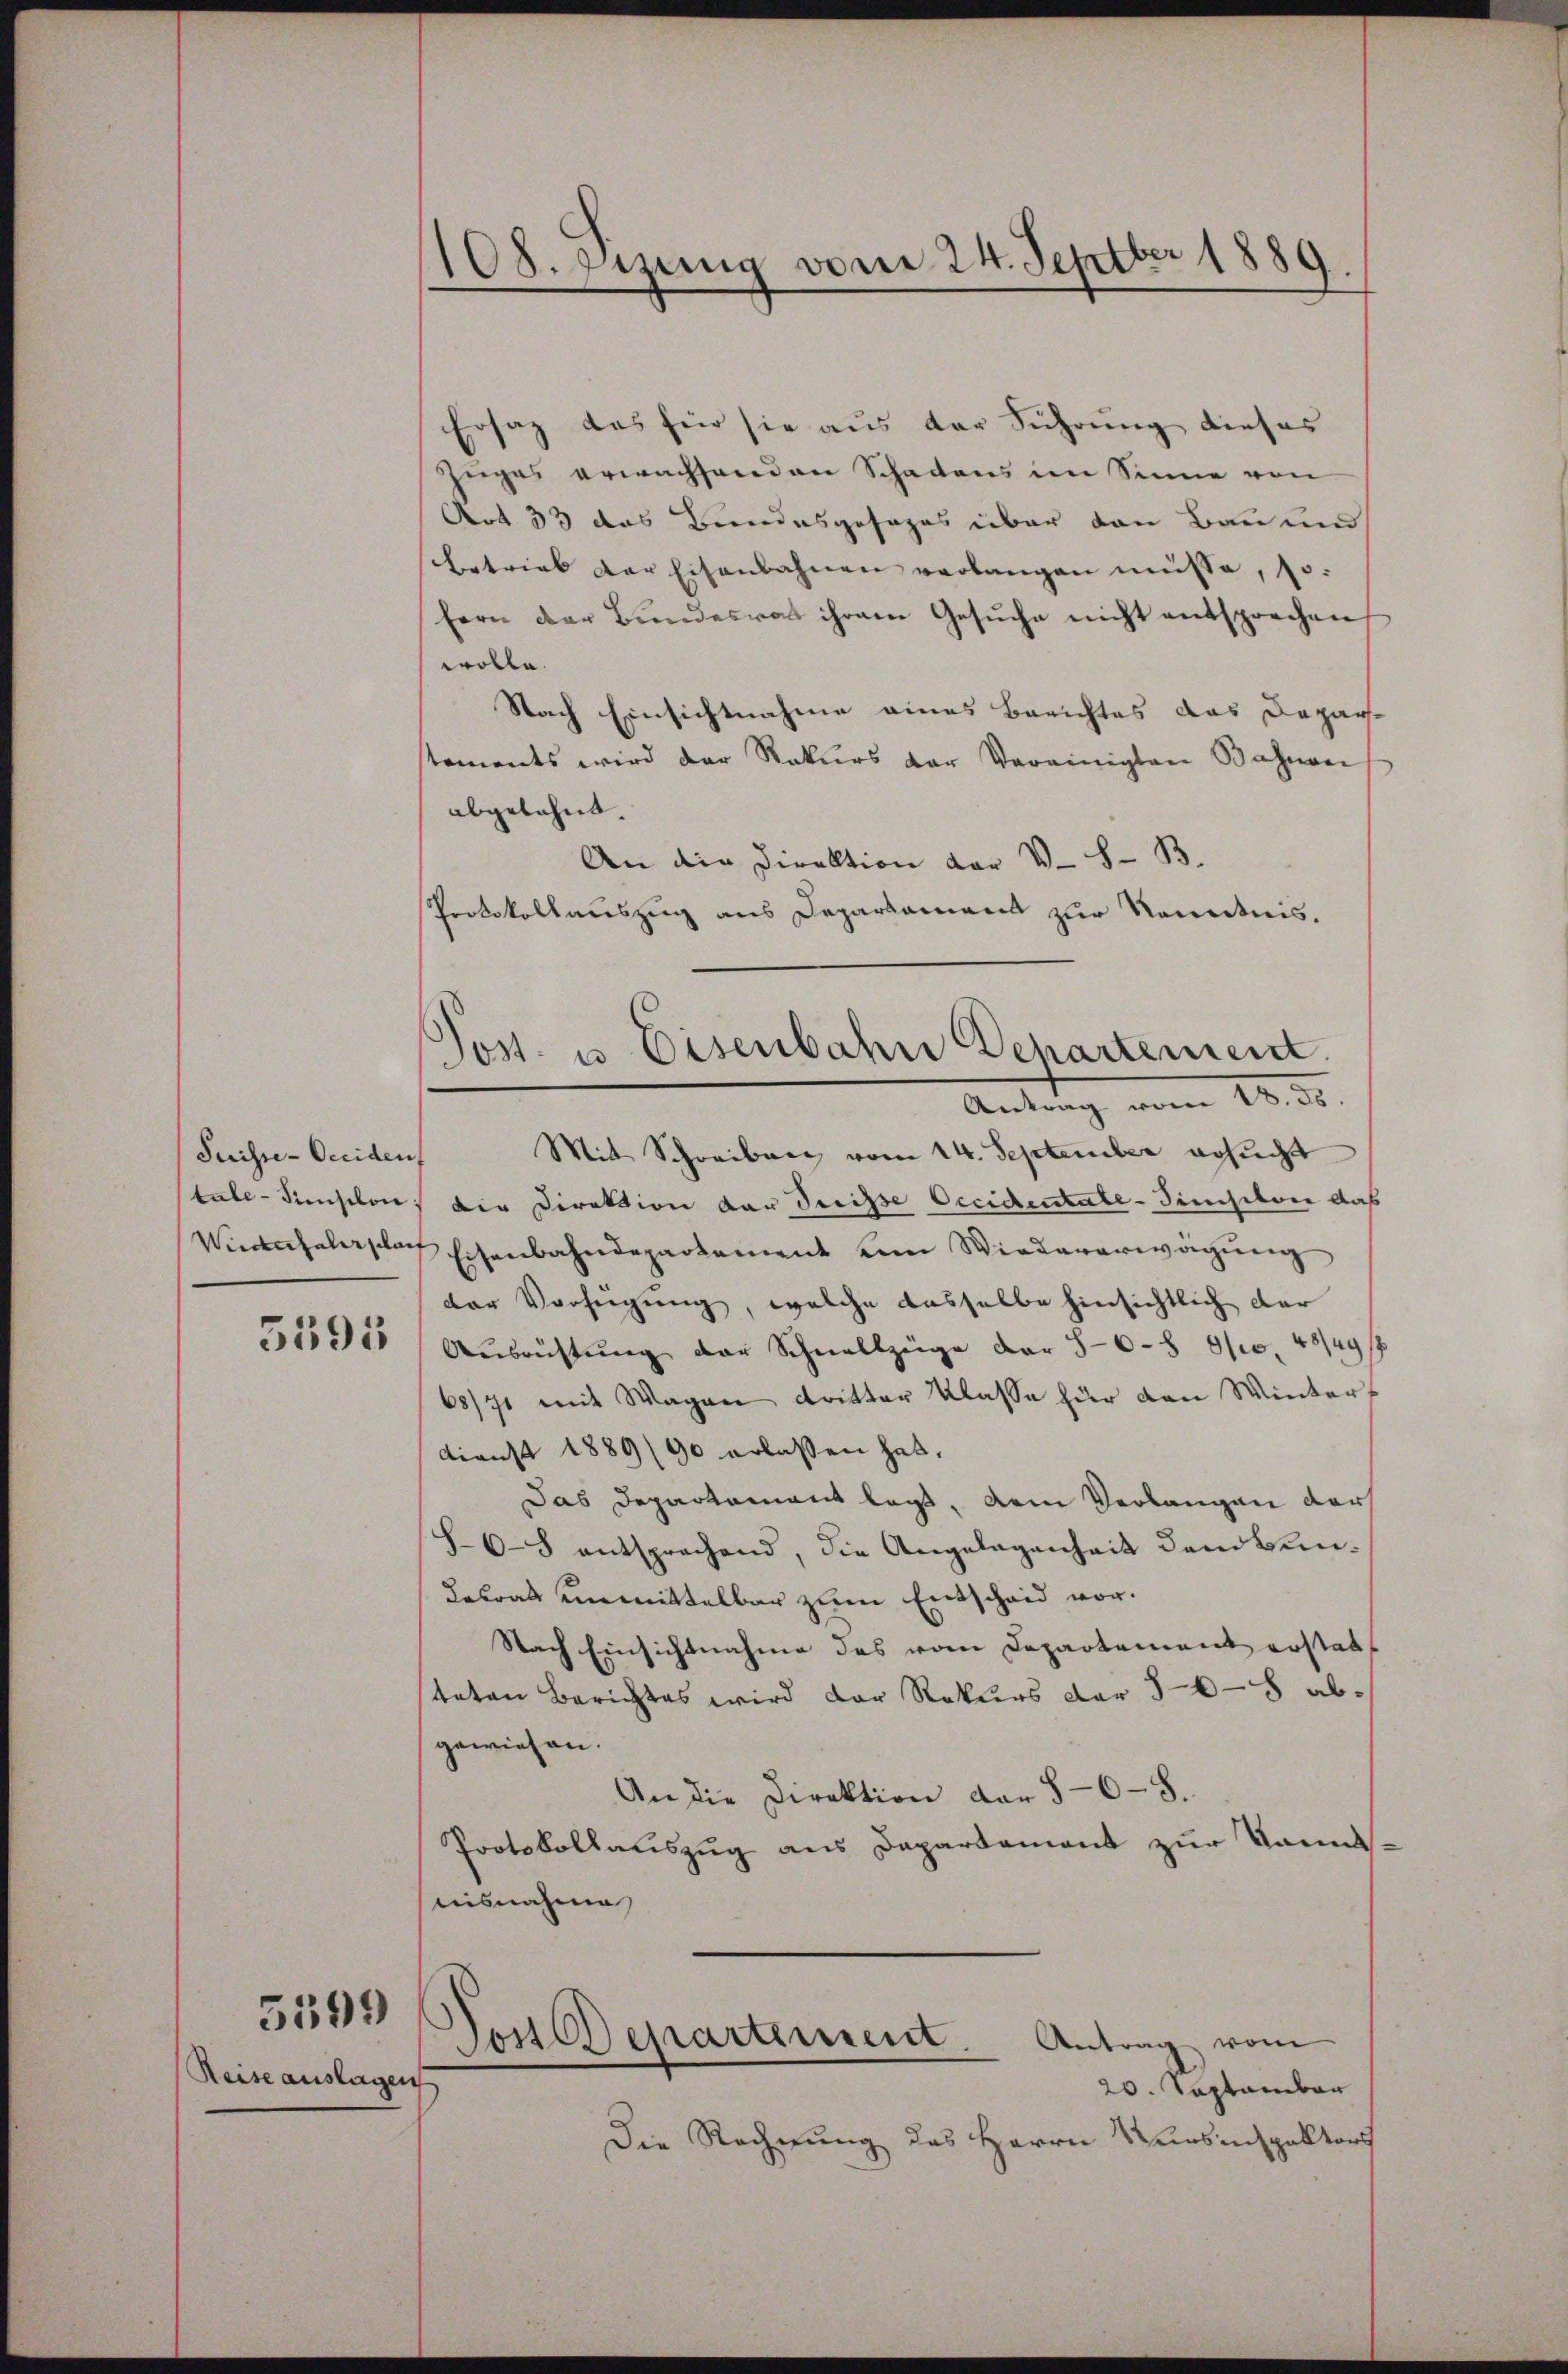
Suisse-Occiden

5595

Reise auslagen

5599

108. Sizung vom 24. Septber 1889.

Ersatz des für sie aus der Führung dieses
Zuges erwachsenden Schadens im Sinne von
Art. 33 das Bundesgesages über den Bau und
betrieb der Eisenbahnen verlangen müsse, so
fern der Bŭndesrat ihrem Gesŭche nicht entsprechen
wolle.
Nach Einsichtnahme eines Berichtes das Departements wird der Rekurs der Vereinigten Bahnver
abgelehnt.
An die Direktion der V S. B.
Protokollauszug aus Departamens zur Kenntnis.
Antrag vom 18. 55.
Mit Schreiben vom 14. September gesucht
tabe-Fieschon die Direktion der dreisse Occidentate-Simision das
Widechalersbach Eisenbahndepartement vom Wiedererwägŭng
der Verfügung, welche dasselbe hinsichtlich dar
Ausrichtung der Schnellzüge der 50-8 S 48/49 ff
68/71 mit Wagen dritter Klasse für den Winter¬
Dienst 1889/90 erlassen hat,
Das Departament lag, dem Verlangen dar
86-8 entsprechend, die Angelegenheit dem Bun¬
Betrat einmittelbar zum Entscheid vor.
Nach Einsichtnahme des vom Departement erstatt
steten Berichtes wird der Rekurs der 368 abgewiesen.
An die Direktion der 5-6 - 8.
Protokollauszug aus Departement zur Kenntuisnahme
Jost Departement. Antrag vom
20. September
Die Rechnung des Herrn Versinspektors

Post. u Eisenbahn Departement.